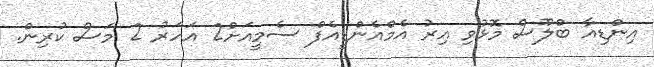
އިންޑިއާ ބްލޫސް މޮޅުވި އިރު އެމްއެންޑީއެފް ސެމީއަށް2 އަހަރު 2 މަސް ކުރިން.